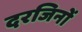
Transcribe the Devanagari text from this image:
दरजिनों